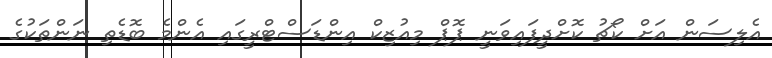
އެލިސަން އަށް ކޯޗު ކޮށްދީފައިވަނީ ޕޮޕް މިއުޒިކް އިންޑަސްޓްރީގައި އެންމެ ބޮޑެތި ނަންތަކުގެ